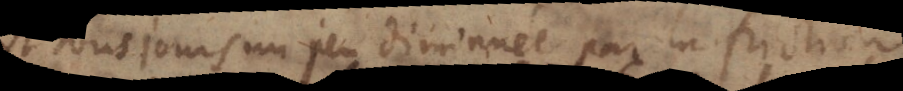
est tousjours un peu diminuée par la friction